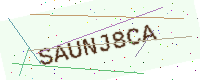
Text: SAUNJ8CA